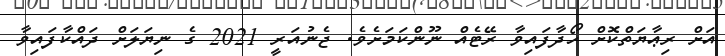
އަށް ރިޢާޔަތްކޮށް ހޯދާފައިވާ ރޭޓެއް ނޫންކަމަށެވެ. ޖެނުއަރީ 2021 ގެ ނިޔަލަށް ދައްކާފައިވާ